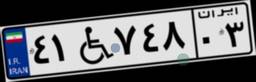
۴۱W۷۴۸۰۳